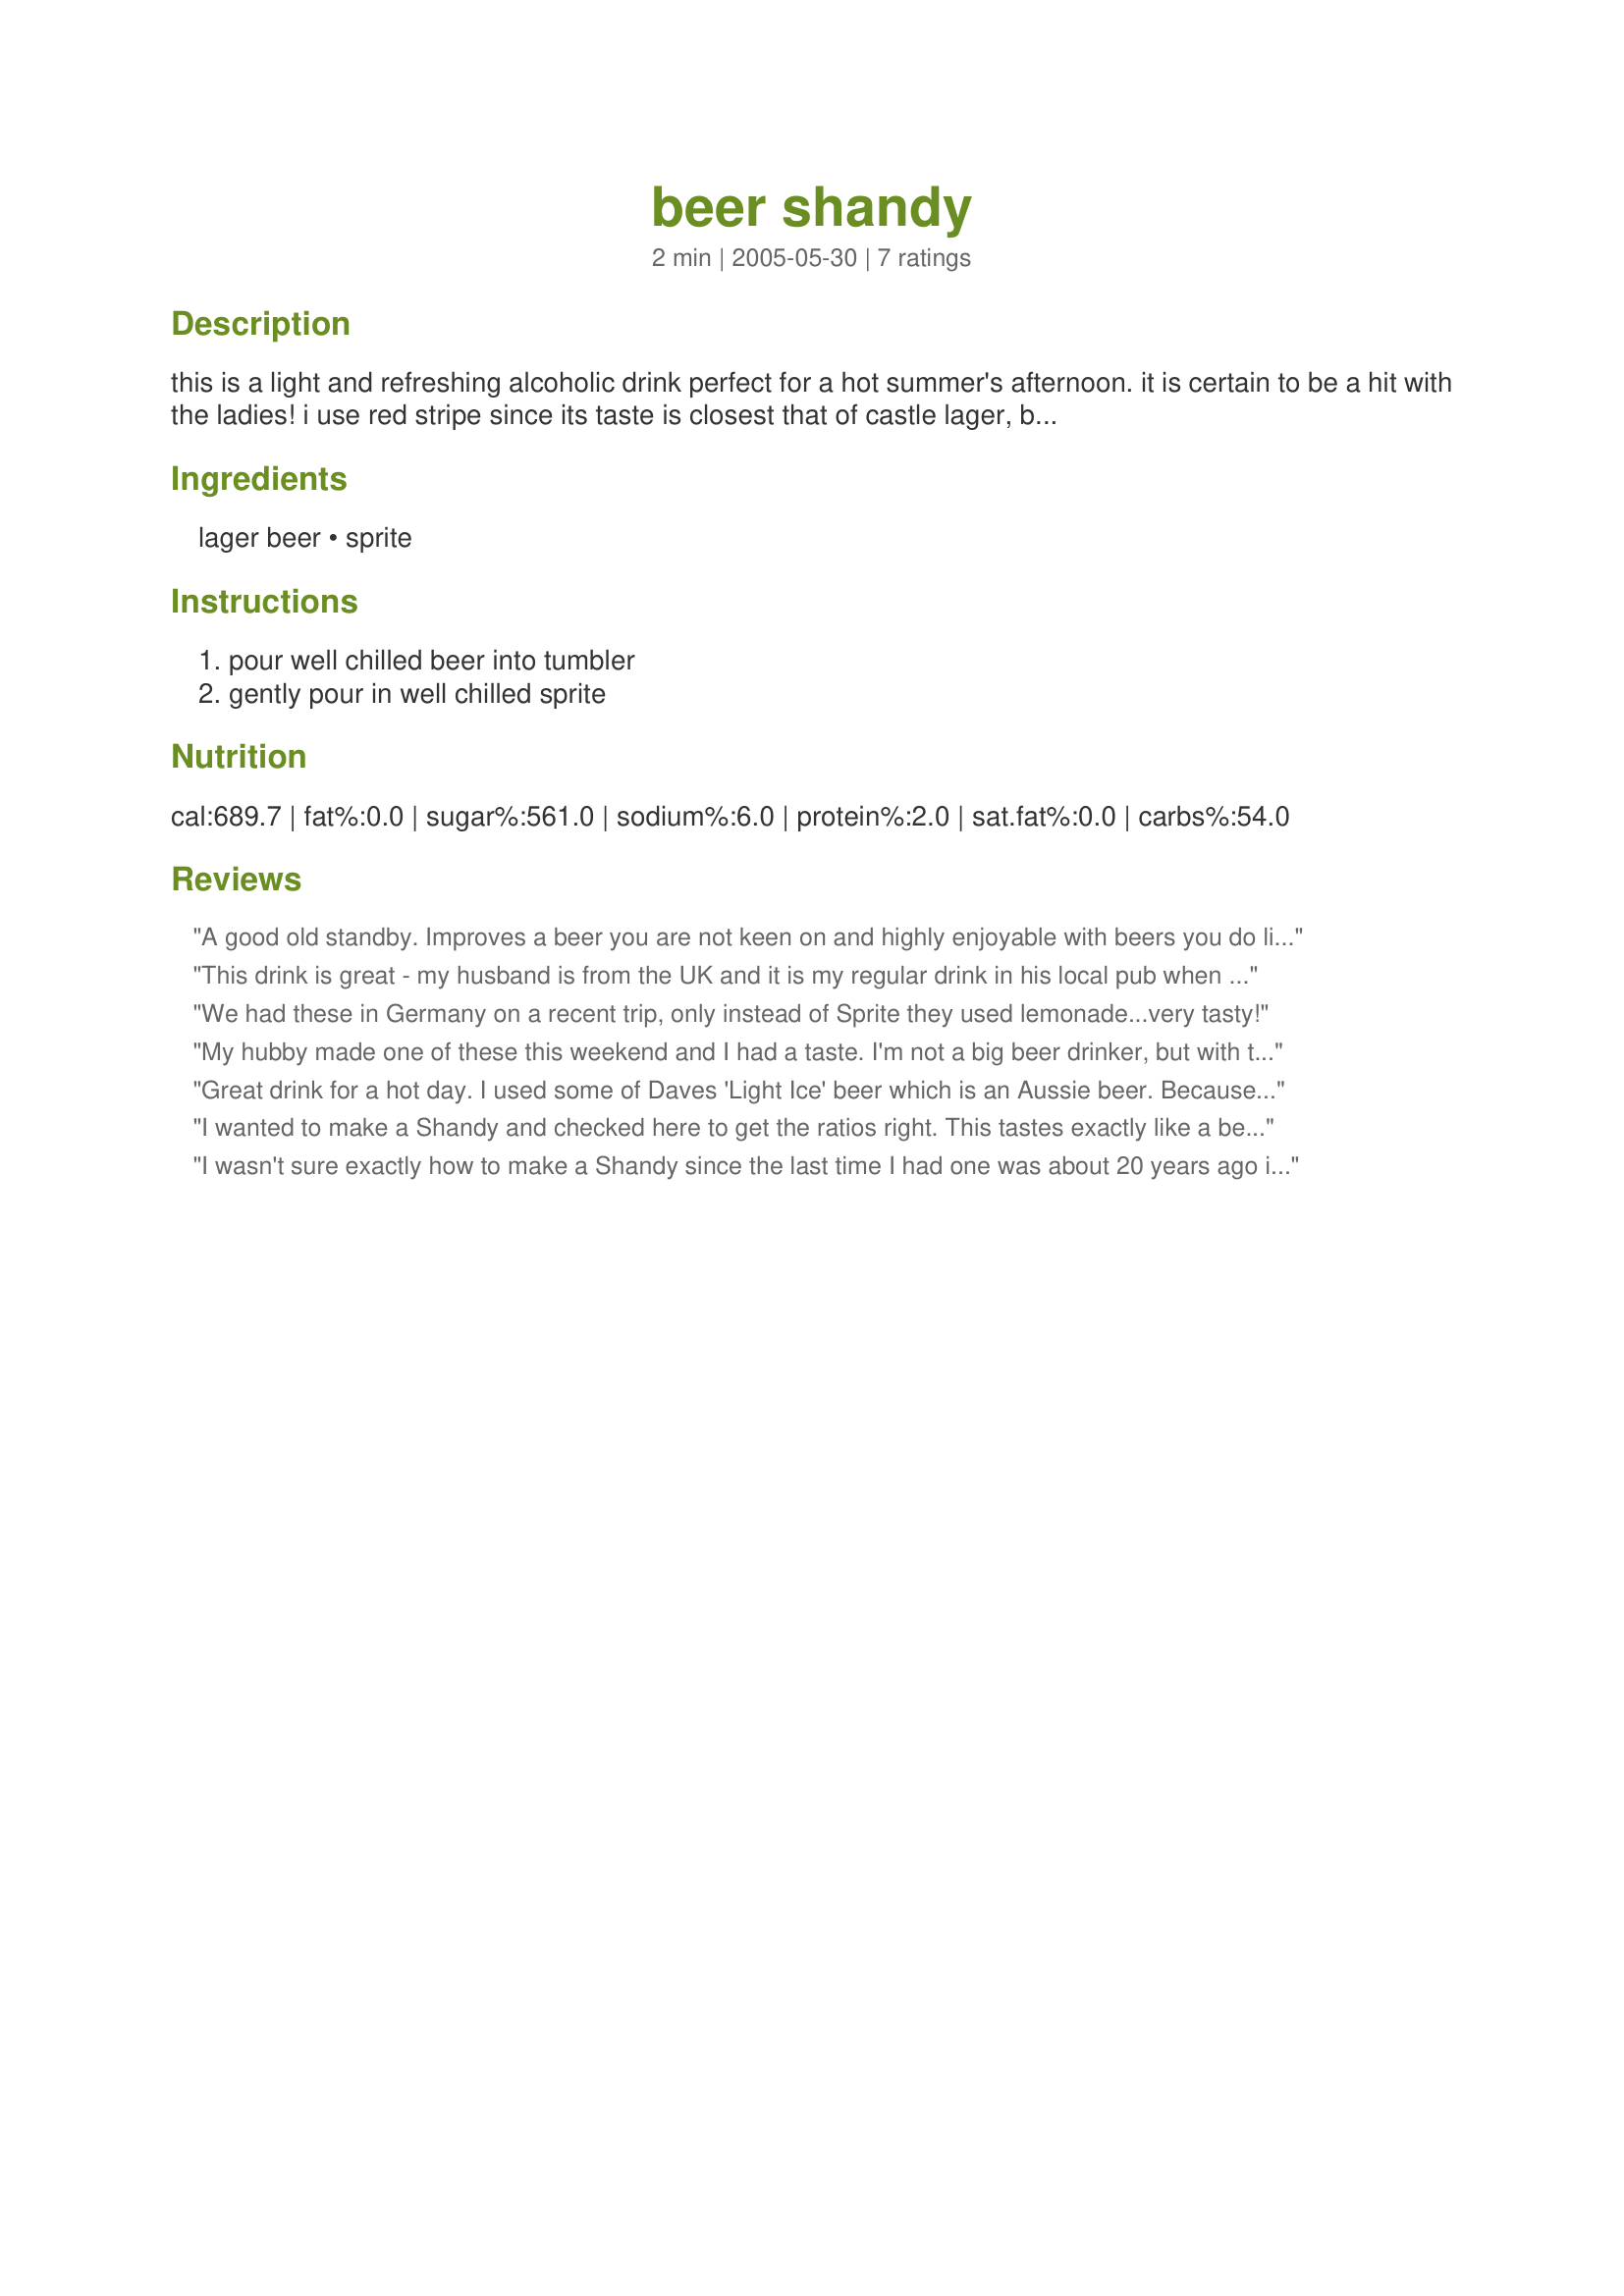
beer shandy
Preparation time: 2 minutes

this is a light and refreshing alcoholic drink perfect for a hot summer's afternoon. it is certain to be a hit with the ladies! i use red stripe since its taste is closest that of castle lager, but any lager would be good.

Ingredients:
lager beer, sprite

Steps:
pour well chilled beer into tumbler, gently pour in well chilled sprite

Reviews:
A good old standby. Improves a beer you are not keen on and highly enjoyable with beers you do like.
Made it today with an Enterprise Brewery Knappstein Reserve Lager.
This drink is great - my husband is from the UK and it is my regular drink in his local pub when we head back for a visit. I actually drink it all the time at home too. Thanks!
We had these in Germany on a recent trip, only instead of Sprite they used lemonade...very tasty!
My hubby made one of these this weekend and I had a taste. I'm not a big beer drinker, but with this combination I could be! Very tasty, fizzy drink! I think my husband used Rolling Rock beer. Refreshing!
Great drink for a hot day. I used some of Daves 'Light Ice' beer which is an Aussie beer. Because it was a light beer I used 3/4 beer to 1/4 sprite so not to be too sweet. Thanks for posting.
I wanted to make a Shandy and checked here to get the ratios right.
This tastes exactly like a beer that was marketed here back in the '80s "Twist Shandy". I remember trying my Dad's.
I made this using Carlsberg beer and 7-Up.
Very good! Thanks for posting.
I wasn't sure exactly how to make a Shandy since the last time I had one was about 20 years ago in Manchester England. I was telling someone about the combination of beer and lemonade and they didn't believe me. I looked up the recipe on RecipeZaar and found this easy recipe. This combination makes for one very light and refreshing concoction. It is amazing on a hot day. 
And try it Ginger Ale for a different taste sensation!
